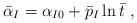
LaTeX: \begin{align*}\bar\alpha_I = \alpha_{I0} + \bar{p}_I \ln \bar{t} \ ,\end{align*}